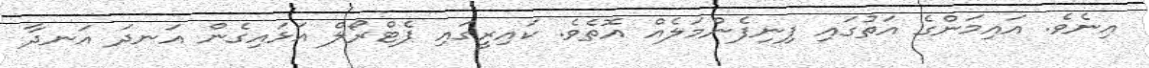
އިނެވެ. އައިމަންގެ އަތުގައި ފިނިފެންމަލެއް އޮތެވެ. ކައިރީގައި ޕެޓްރޯލް އަޅައިގެން އަނދަ އަނދާ